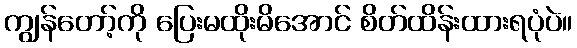
ကျွန်တော့်ကို ပြေးမထိုးမိအောင် စိတ်ထိန်းထားရပုံပဲ။